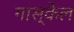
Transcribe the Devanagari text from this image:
गास्केल